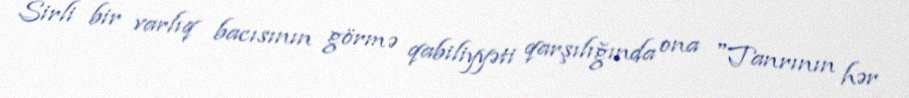
Sirli bir varlıq bacısının görmə qabiliyyəti qarşılığında ona "Tanrının hər